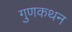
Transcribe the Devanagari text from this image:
गुणकथन